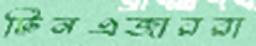
টিনএজাররা